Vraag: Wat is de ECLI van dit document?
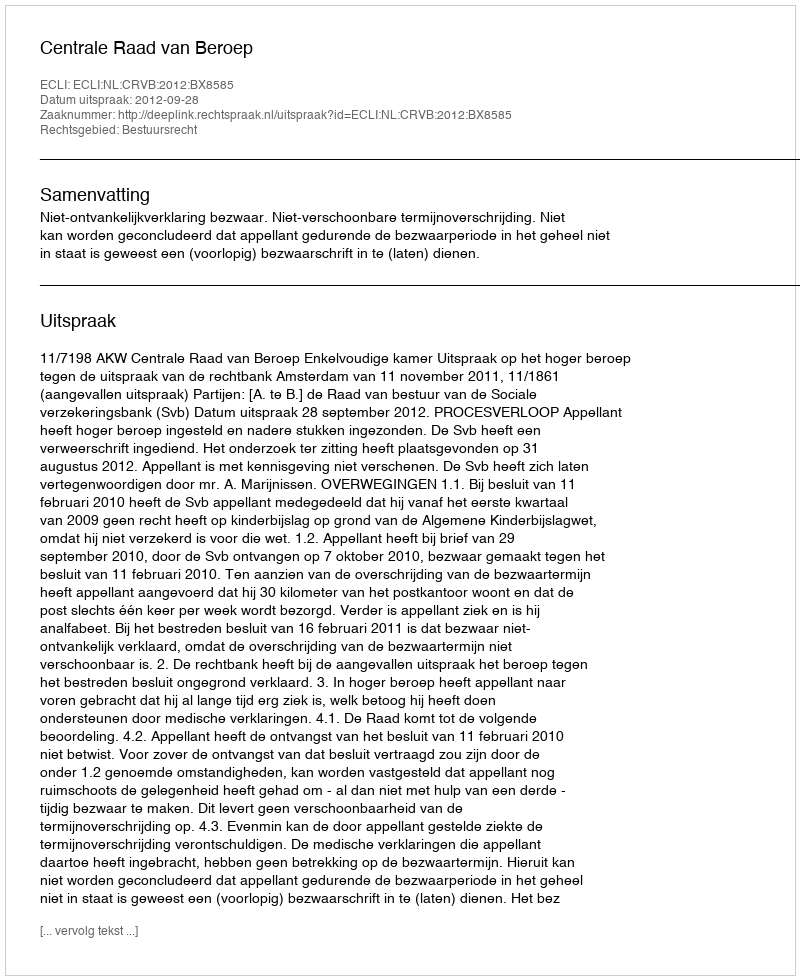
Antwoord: ECLI:NL:CRVB:2012:BX8585